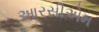
આરસીએમ